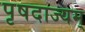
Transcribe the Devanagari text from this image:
पृषदाज्यम्